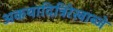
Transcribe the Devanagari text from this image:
अकथादित्रिरेखाब्जे